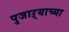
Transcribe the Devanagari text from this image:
पुजाऱ्याच्या